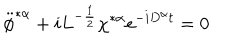
\ddot { \phi } ^ { * \alpha } + i L ^ { - \frac { 1 } { 2 } } \chi ^ { * \alpha } e ^ { - i D ^ { \alpha } t } = 0